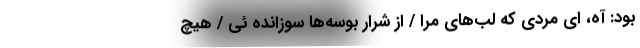
بود: آه، ای مردی که لب‌های مرا / از شرار بوسه‌ها سوزانده ئی / هیچ